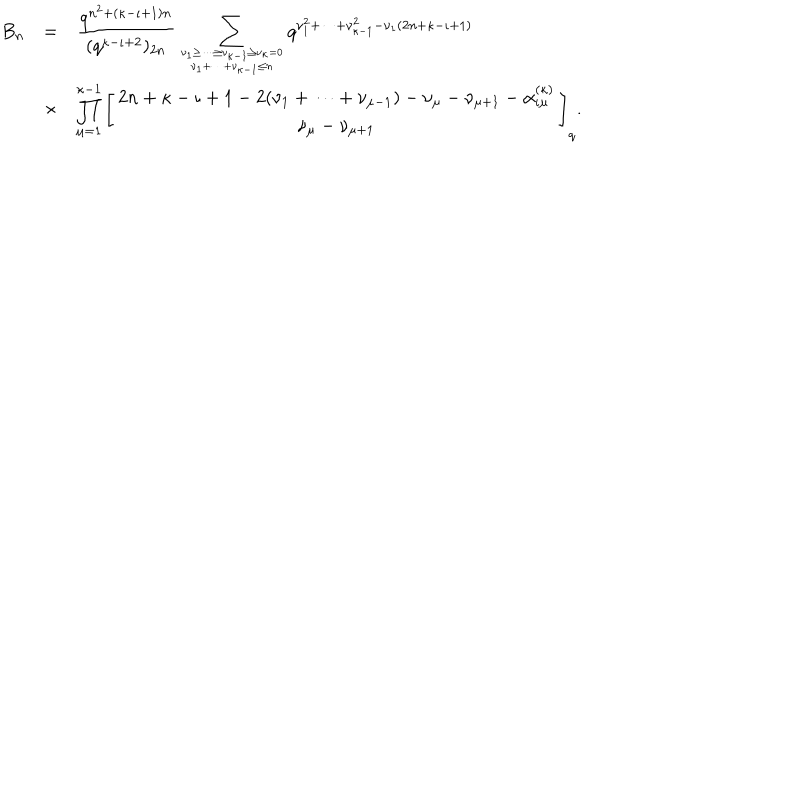
LaTeX: \begin{array} { r c l } { { B _ { n } } } & { { = } } & { { \displaystyle \frac { q ^ { n ^ { 2 } + ( \kappa - \iota + 1 ) n } } { ( q ^ { \kappa - \iota + 2 } ) _ { 2 n } } \sum _ { { \nu _ { 1 } \geq \cdots \geq \nu _ { \kappa - 1 } \geq \nu _ { \kappa } = 0 } \atop { \nu _ { 1 } + \cdots + \nu _ { \kappa - 1 } \leq n } } q ^ { \nu _ { 1 } ^ { 2 } + \cdots + \nu _ { \kappa - 1 } ^ { 2 } - \nu _ { 1 } ( 2 n + \kappa - \iota + 1 ) } } } \\ { { } } & { { \times } } & { { \displaystyle \prod _ { \mu = 1 } ^ { \kappa - 1 } \left[ \begin{array} { c } { { 2 n + \kappa - \iota + 1 - 2 ( \nu _ { 1 } + \cdots + \nu _ { \mu - 1 } ) - \nu _ { \mu } - \nu _ { \mu + 1 } - \alpha _ { \iota \mu } ^ { ( \kappa ) } } } \\ { { \nu _ { \mu } - \nu _ { \mu + 1 } } } \\ \end{array} \right] _ { q } . } } \\ \end{array}